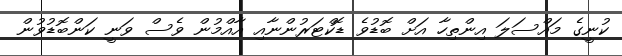
ކުނީގެ މައްސަލަ އިންތިހާ އަށް ބޮޑުވެ ޑޮކްޓަރުންނާއި އާއްމުން ވެސް ވަނީ ކަންބޮޑުވުން